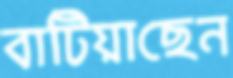
বাটিয়াছেন